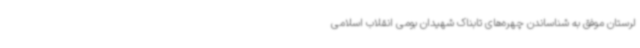
لرستان موفق به شناساندن چهره‌های تابناک شهیدان بومی انقلاب اسلامی